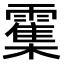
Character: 𫕱